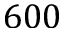
6 0 0